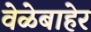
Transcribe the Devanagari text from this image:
वेळेबाहेर